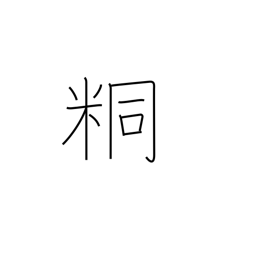
Meaning: unpolished rice